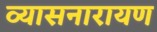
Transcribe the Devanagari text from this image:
व्यासनारायण